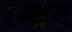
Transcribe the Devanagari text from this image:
रेम्ब्रेंट